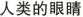
人类的眼睛